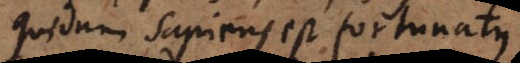
Quidam sapiens est fortunatus.